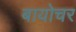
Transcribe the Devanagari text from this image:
बायोचर